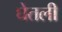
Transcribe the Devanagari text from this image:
घेेतली